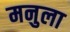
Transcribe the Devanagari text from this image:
मनुला